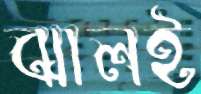
ঝালই